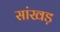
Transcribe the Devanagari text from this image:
सांखड़